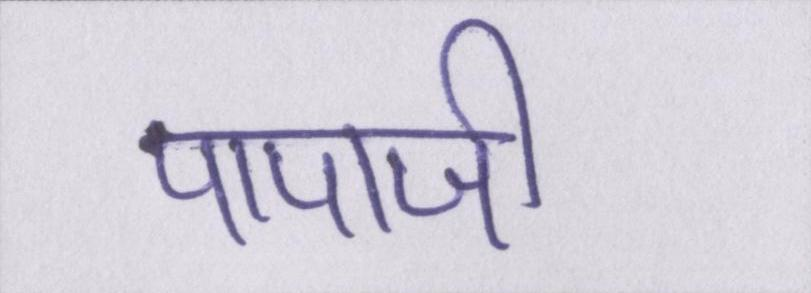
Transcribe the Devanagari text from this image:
पापाजी